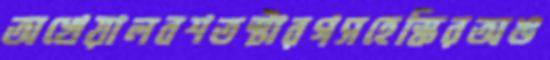
অখেয়ালবশতস্টারগসহেস্কিরঅঙ